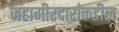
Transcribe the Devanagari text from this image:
जहागीरदारांकडील